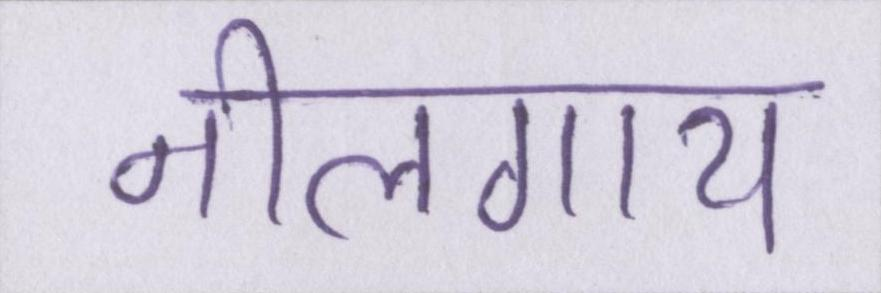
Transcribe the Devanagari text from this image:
नीलगाय